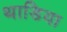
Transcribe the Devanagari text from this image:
थाडिया